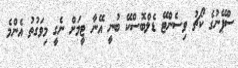
ސްޕޭނުގެ ކޯޗު ވިސެންޓޭ ޑެލްބޮސްކޭ ބުނީ އޭނާ ޓީމަށް ނެގީ މިވަގުތު އެންމެ